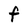
Character: f